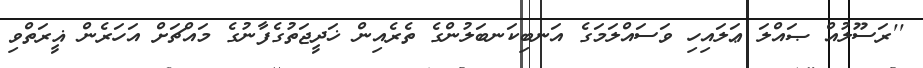
''ރަސޫލުއް ޞައްލަ ޢަލައިހި ވަސައްލަމަގެ އަނބިކަނބަލުންގެ ތެރެއިން ޚަދީޖަތުގެފާނުގެ މައްޗަށް އަހަރެން ޣީރަތްވި